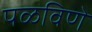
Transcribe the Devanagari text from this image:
पळविणे